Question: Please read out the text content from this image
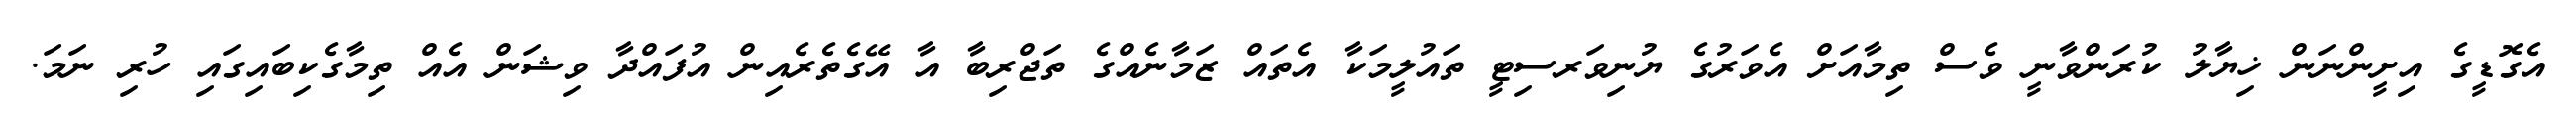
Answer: އެގޮޑީގެ އިށީންނަން ޚިޔާލު ކުރަންވާނީ ވެސް ތިމާއަށް އެވަރުގެ ޔުނިވަރސިޓީ ތައުލީމަކާ އެތައް ޒަމާނެއްގެ ތަޖްރިބާ އާ އޭގެތެރެއިން އުފައްދާ ވިޝަން އެއް ތިމާގެކިބައިގައި ހުރި ނަމަ.